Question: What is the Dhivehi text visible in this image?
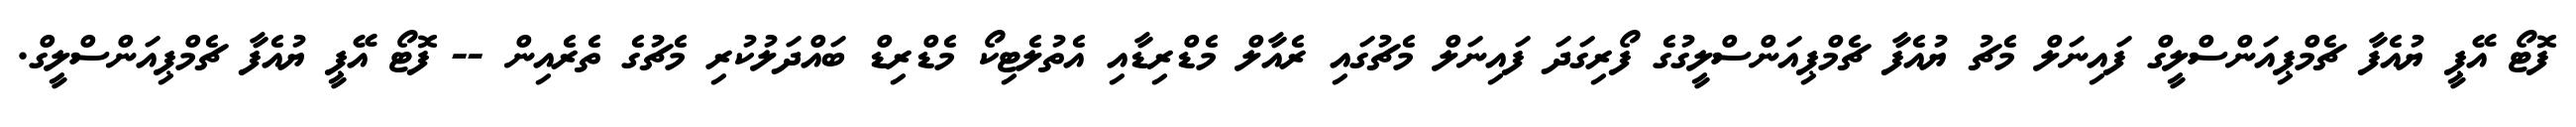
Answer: ފޮޓޯ އޭޕީ ޔުއެފާ ޗެމްޕިއަންސްލީގް ފައިނަލް މެޗު ޔުއެފާ ޗެމްޕިއަންސްލީގުގެ ފޯރިގަދަ ފައިނަލް މެޗުގައި ރެއާލް މެޑްރިޑާއި އެތުލެޓިކޯ މެޑްރިޑް ބައްދަލުކުރި މެޗުގެ ތެރެއިން -- ފޮޓޯ އޭޕީ ޔުއެފާ ޗެމްޕިއަންސްލީގް.